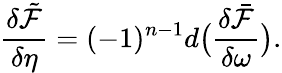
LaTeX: \frac{\delta\tilde{\mathcal{F}}}{\delta\eta}=(-1)^{n-1}d\big(\frac{\delta\bar{\mathcal{F}}}{\delta\omega}\big).